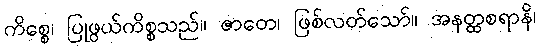
ကိစ္စေ၊ ပြုဖွယ်ကိစ္စသည်။ ဇာတေ၊ ဖြစ်လတ်သော်။ အနတ္ထစရာနိ၊